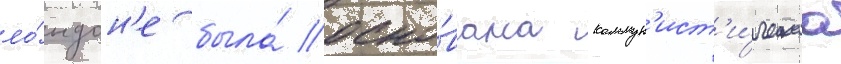
ло́ндон'е была́ осно́вана коммун'ист'и́ческаа